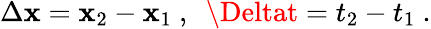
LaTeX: \Delta\mathbf{x}=\mathbf{x}_{2}-\mathbf{x}_{1}\ ,\ \ \Deltat=t_{2}-t_{1}\ .